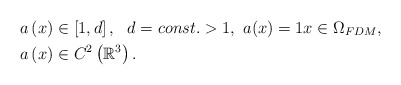
\begin{align*} a \left( x\right) &\in \left[ 1,d \right],~~ d = const.>1,~ a(x) =1x\in \Omega _{FDM}, \\a \left( x\right) &\in C^{2}\left( \mathbb{R}^{3}\right) . \end{align*}